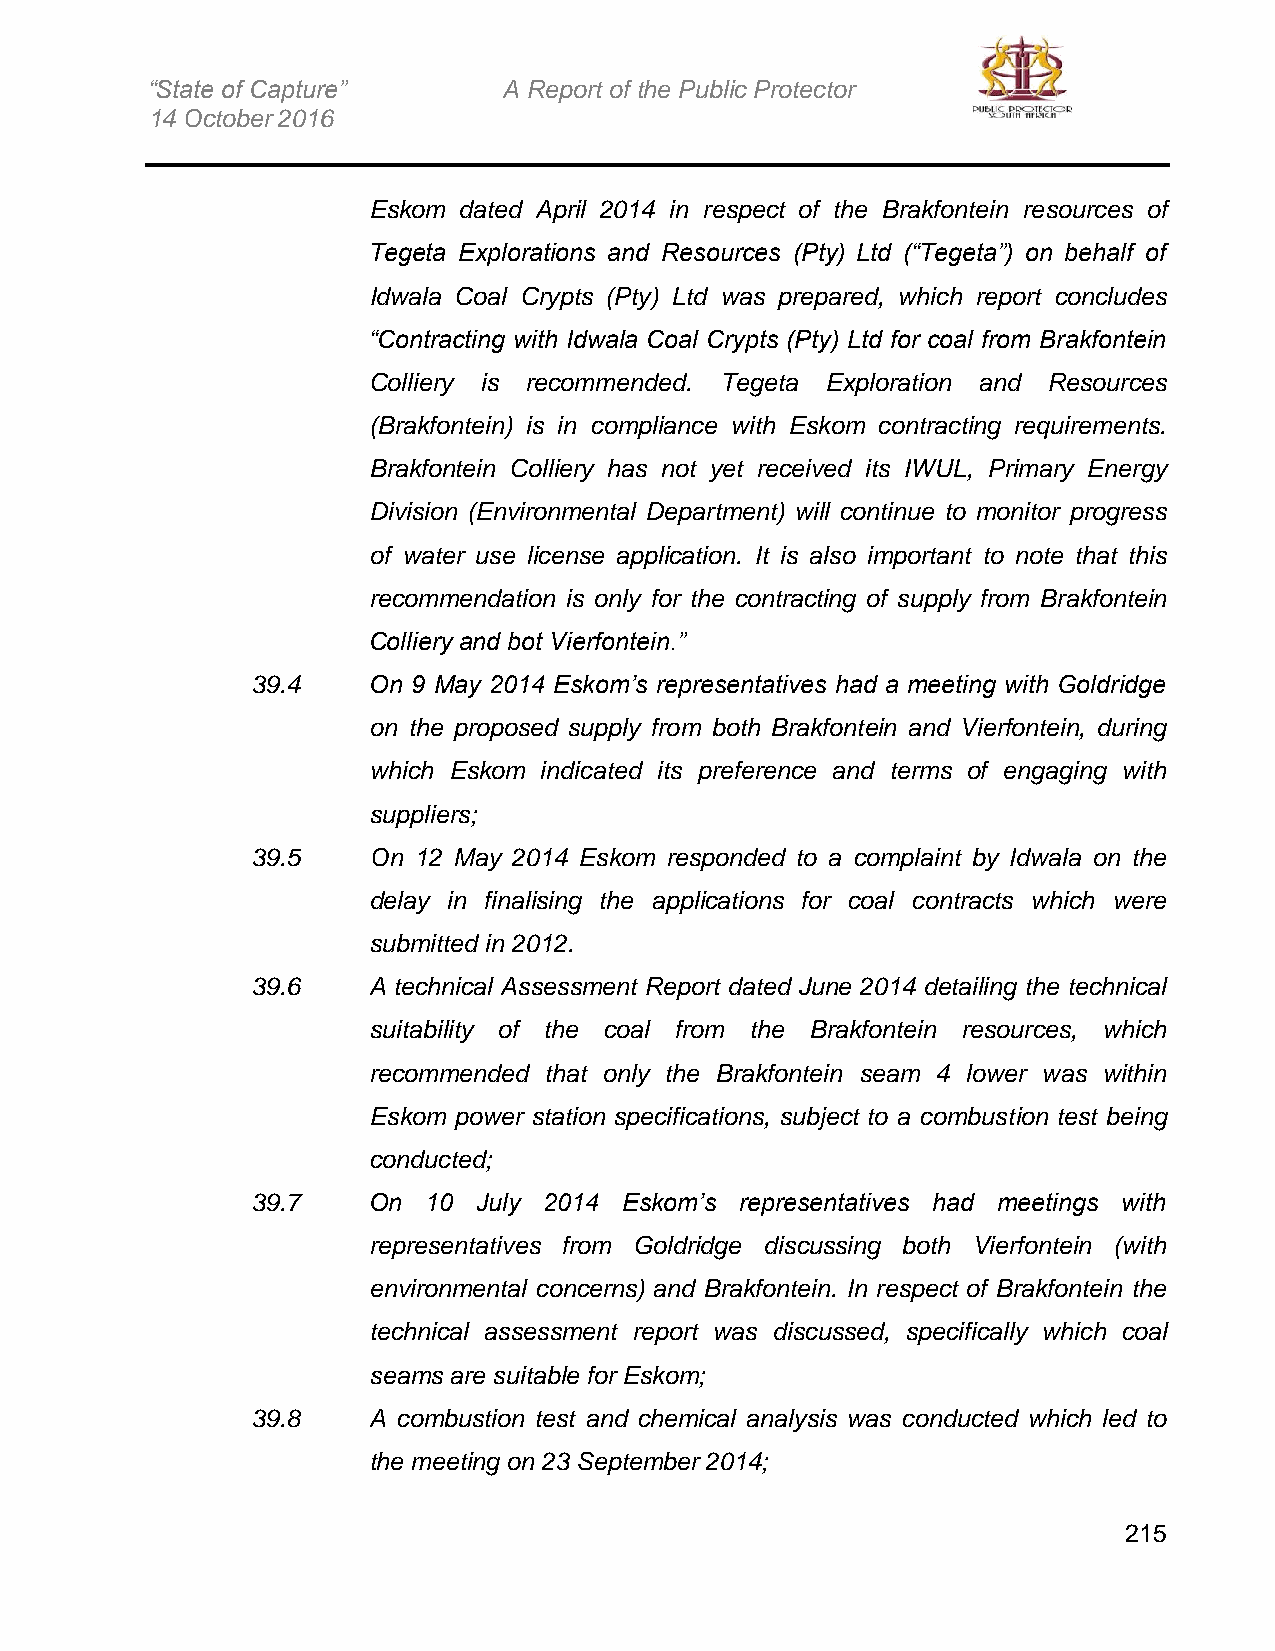
“State of Capture”     A Report of the Public Protector
 14 October 2016
 Eskom dated April 2014 in respect of the Brakfontein resources of
 Tegeta Explorations and Resources (Pty) Ltd (“Tegeta”) on behalf of
 Idwala Coal Crypts (Pty) Ltd was prepared, which report concludes
 “Contracting with Idwala Coal Crypts (Pty) Ltd for coal from Brakfontein
 Colliery is recommended. Tegeta Exploration and Resources
 (Brakfontein) is in compliance with Eskom contracting requirements.
 Brakfontein Colliery has not yet received its IWUL, Primary Energy
 Division (Environmental Department) will continue to monitor progress
 of water use license application. It is also important to note that this
 recommendation is only for the contracting of supply from Brakfontein
 Colliery and bot Vierfontein.”
 39.4   On 9 May 2014 Eskom’s representatives had a meeting with Goldridge
 on the proposed supply from both Brakfontein and Vierfontein, during
 which Eskom indicated its preference and terms of engaging with
 suppliers;
 39.5   On 12 May 2014 Eskom responded to a complaint by Idwala on the
 delay in finalising the applications for coal contracts which were
 submitted in 2012.
 39.6   A technical Assessment Report dated June 2014 detailing the technical
 suitability of the coal from the Brakfontein resources, which
 recommended that only the Brakfontein seam 4 lower was within
 Eskom power station specifications, subject to a combustion test being
 conducted;
 39.7   On  10  July 2014 Eskom’s representatives had meetings with
 representatives from Goldridge discussing both Vierfontein (with
 environmental concerns) and Brakfontein. In respect of Brakfontein the
 technical assessment report was discussed, specifically which coal
 seams are suitable for Eskom;
 39.8   A combustion test and chemical analysis was conducted which led to
 the meeting on 23 September 2014;
 215